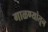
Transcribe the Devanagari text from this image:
गाळण्यांतून